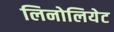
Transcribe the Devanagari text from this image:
लिनोलियेट